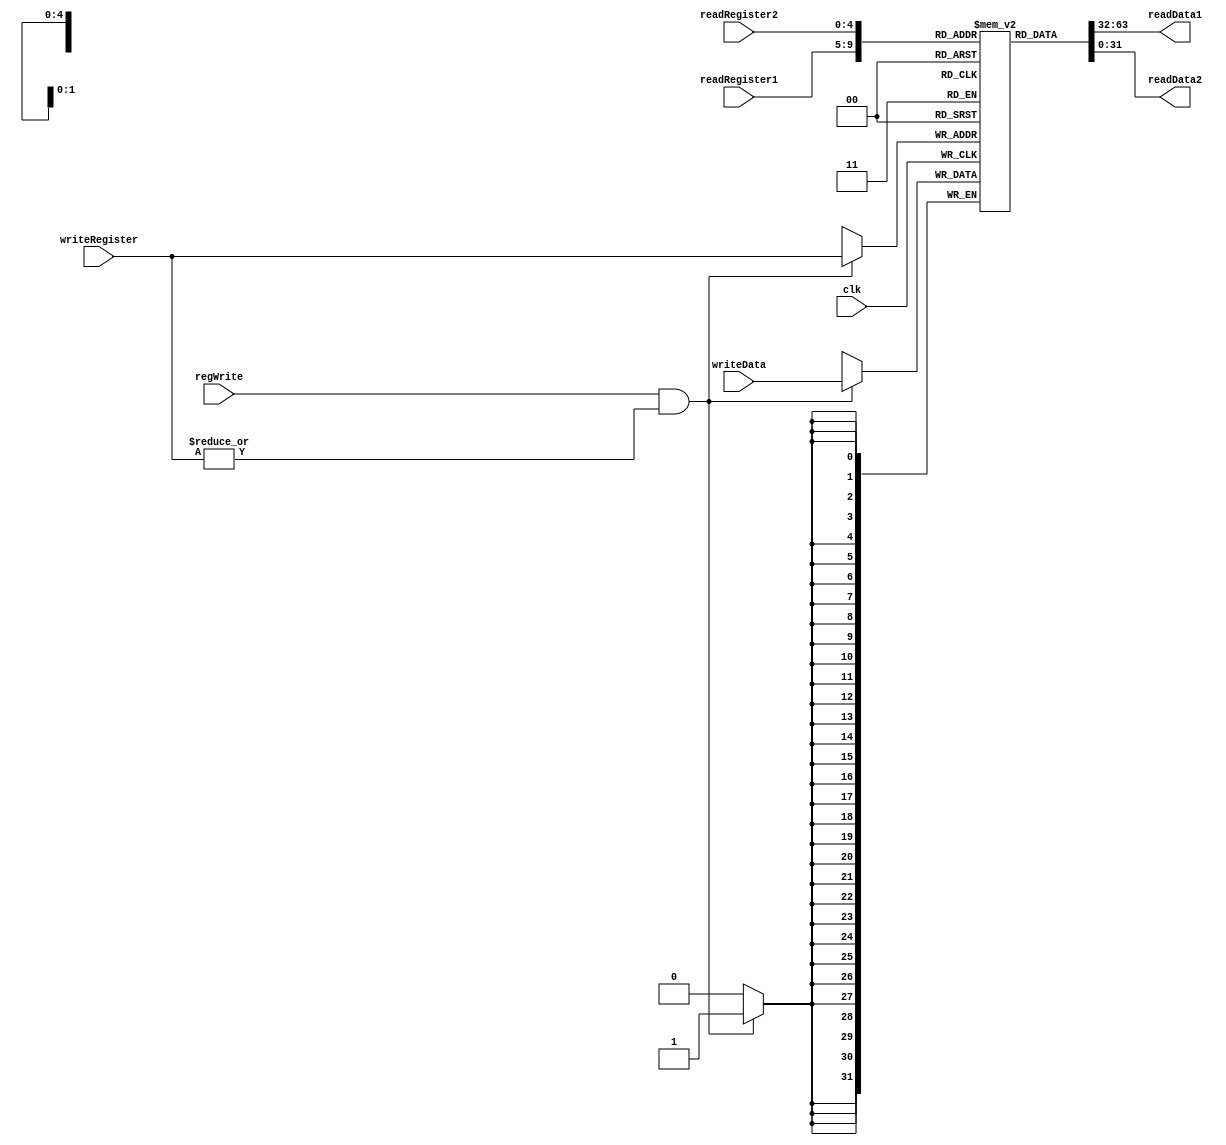
`define BITS(x) $rtoi($ceil($clog2(x)))

module RegisterFile(clk, regWrite,
                    readRegister1, readRegister2,
                    writeRegister, writeData,
                    readData1, readData2);
                    
    parameter WordLen = 32;
    parameter WordCount = 32;

    input regWrite, clk;
    input [`BITS(WordCount)-1:0] readRegister1, readRegister2, writeRegister;
    input [WordLen-1:0] writeData;
    output [WordLen-1:0] readData1, readData2;

    reg [WordLen-1:0] registerFile [0:WordCount-1];

    initial 
        registerFile[0] = 32'd0;

    always @(posedge clk) begin
        if (regWrite & (|writeRegister))
            registerFile[writeRegister] <= writeData;
    end

    assign readData1 = registerFile[readRegister1];
    assign readData2 = registerFile[readRegister2];

endmodule